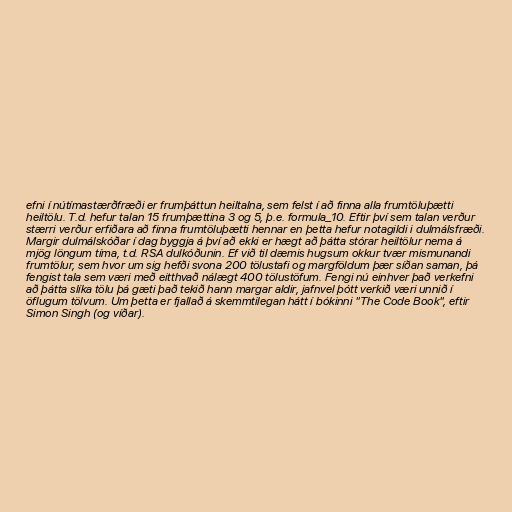
efni í nútímastærðfræði er frumþáttun heiltalna, sem felst í að finna alla frumtöluþætti
heiltölu. T.d. hefur talan 15 frumþættina 3 og 5, þ.e. formula_10. Eftir því sem talan verður
stærri verður erfiðara að finna frumtöluþætti hennar en þetta hefur notagildi i dulmálsfræði.
Margir dulmálskóðar í dag byggja á því að ekki er hægt að þátta stórar heiltölur nema á
mjög löngum tíma, t.d. RSA dulkóðunin. Ef við til dæmis hugsum okkur tvær mismunandi
frumtölur, sem hvor um sig hefði svona 200 tölustafi og margföldum þær síðan saman, þá
fengist tala sem væri með eitthvað nálægt 400 tölustöfum. Fengi nú einhver það verkefni
að þátta slíka tölu þá gæti það tekið hann margar aldir, jafnvel þótt verkið væri unnið í
öflugum tölvum. Um þetta er fjallað á skemmtilegan hátt í bókinni "The Code Book", eftir
Simon Singh (og víðar).